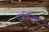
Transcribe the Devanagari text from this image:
एलिनार